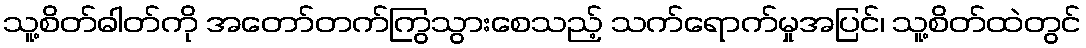
သူ့စိတ်ဓါတ်ကို အတော်တက်ကြွသွားစေသည့် သက်ရောက်မှုအပြင်၊ သူ့စိတ်ထဲတွင်